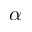
\alpha